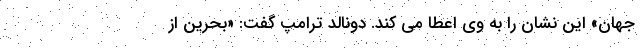
جهان» این نشان را به وی اعطا می کند. دونالد ترامپ گفت:‌‌ «بحرین از